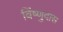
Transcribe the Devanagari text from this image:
विंष्णुदास